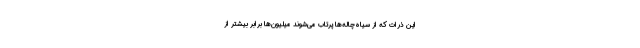
این ذرات که از سیاه‌چاله‌ها پرتاب می‌شوند میلیون‌ها برابر بیشتر از